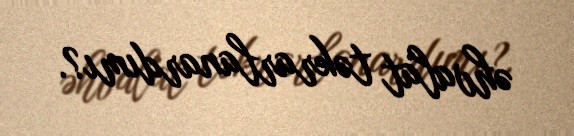
əhvalat təkrarlanardımı?.